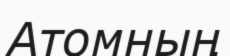
Атомның